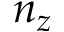
n _ { z }